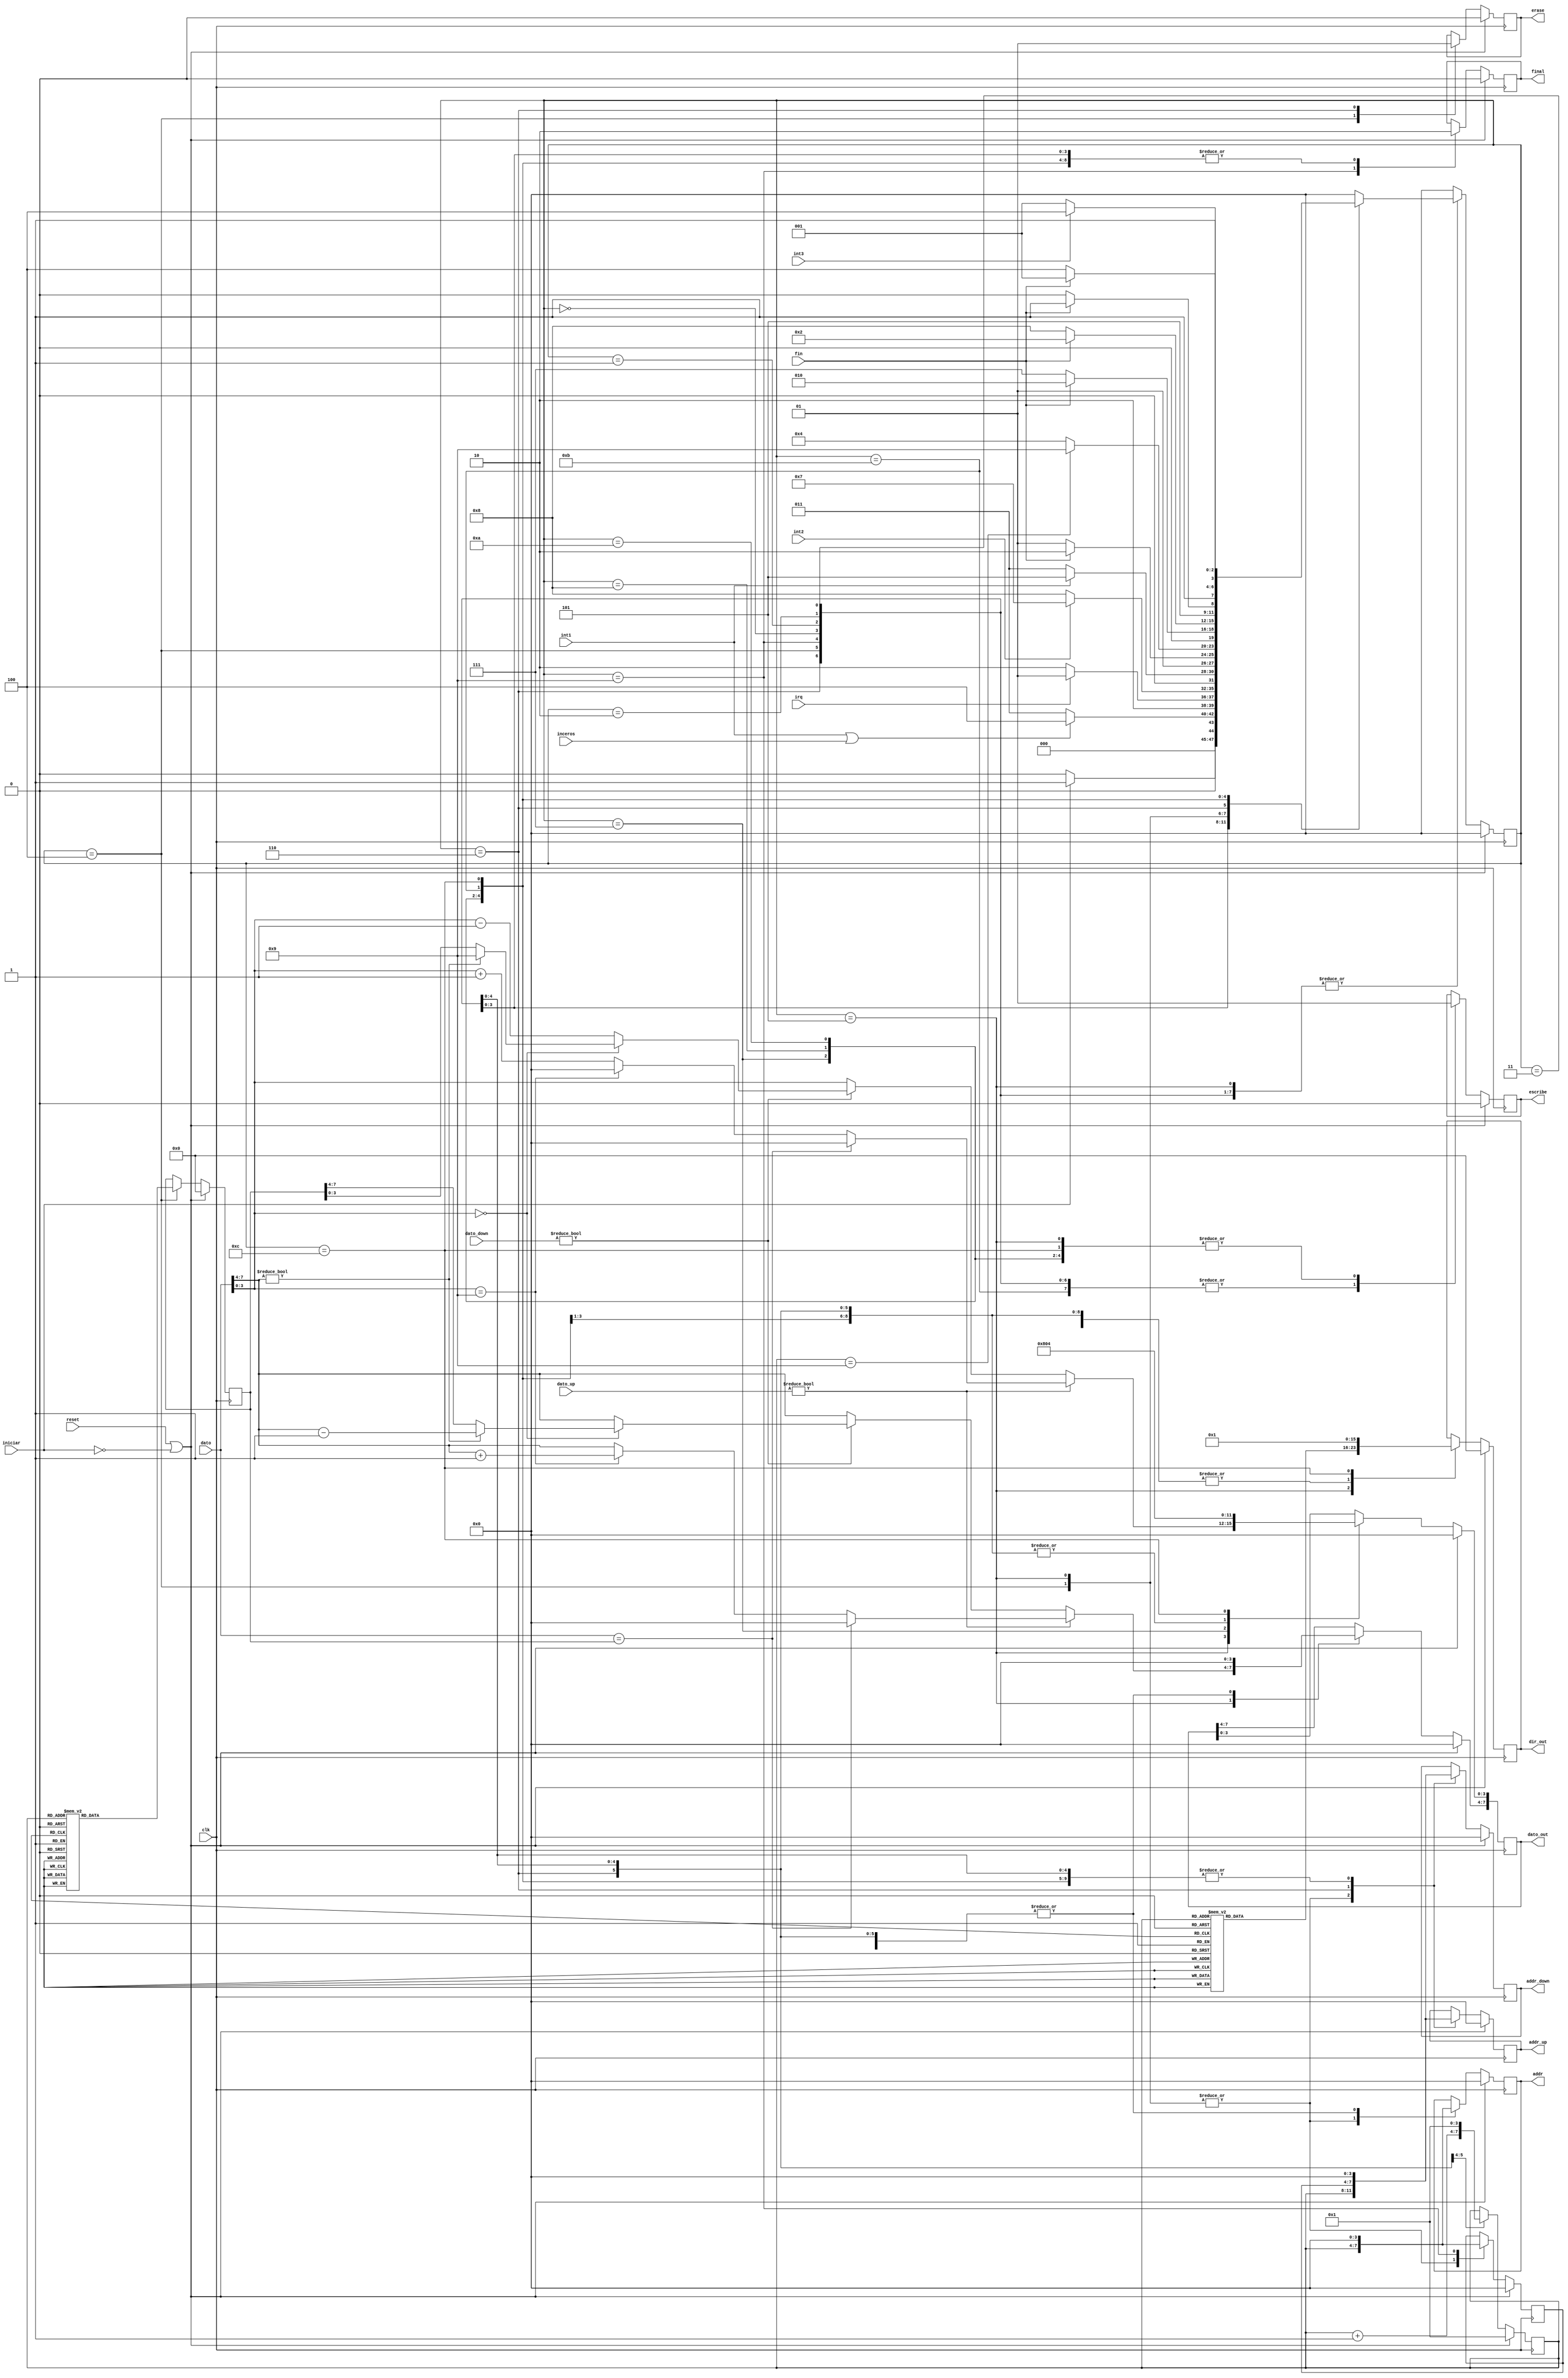
`timescale 1ns / 1ps
//////////////////////////////////////////////////////////////////////////////////
// Company: 
// Engineer: 
// 
// Design Name: 
// Module Name:    maquina_usuario 
// Project Name: 
// Target Devices: 
// Tool versions: 
// Description: 
//
// Dependencies: 
//
// Revision: 
// Revision 0.01 - File Created
// Additional Comments: 
//
//////////////////////////////////////////////////////////////////////////////////
module maquina_usuario(erase,iniciar,fin,reset,clk,dato,dato_up,dato_down,addr,addr_up,final,addr_down,dato_out,escribe,dir_out,int1,int2,int3,irq,inceros);
output erase;
input int1,int2,int3,irq,inceros;
input reset;
input clk;
input fin;
input iniciar;
input [7:0] dato;
input [7:0] dato_up;
input [7:0] dato_down;
output [3:0] addr;
output [3:0] addr_up;
output [3:0] addr_down;
output [7:0] dato_out;
output escribe;
output [7:0] dir_out;
output final;
// START LLEON
// Topes
parameter [7:0] topSeconds = 8'h59; 
parameter [7:0] topMinutes = 8'h59;
parameter [7:0] topHours = 8'h23;
parameter [7:0] topMonths = 8'h12;
parameter [7:0] topDays = 8'h31;
parameter [7:0] topYears = 8'h99;
reg [7:0] topCounter;
// END LLEON
reg erase;
reg final;
reg [3:0] addr;
reg [3:0] addr_up;
reg [3:0] addr_down;
reg [7:0] dato_out;
reg escribe;
reg [7:0] dir_out;
reg [3:0] contador;
reg [3:0] contadoraux;
reg [3:0] state;
reg [3:0] next_state;

parameter [4:0] inicio = 4'b0000;
parameter [4:0] clockres= 4'b0001;
parameter [4:0] irqres = 4'b0010;
parameter [4:0] timerres = 4'b0011;
parameter [4:0] suma = 4'b0100;
parameter [4:0] out = 4'b0101;
parameter [4:0] cont10 = 4'b0110;
parameter [4:0] timerrun = 4'b0111;
parameter [4:0] timeroff = 4'b1000;
parameter [4:0] finalizar = 4'b1001;
parameter [4:0] irqoff = 4'b1010;
parameter [4:0] apagairq = 4'b1011;
parameter [4:0] apagadoirq = 4'b1100;


always @(state or iniciar or contador or fin or int1 or int2 or inceros)
begin
 next_state = 0;
 case(state)
  inicio:begin
         if (iniciar == 1'b1)
			  next_state = clockres;
			 else
			  next_state = inicio;
  end
  clockres:
  begin
			if (int1 == 1'b1 || inceros == 1'b1)
			  next_state = suma;
			 else
			  next_state = timerres;
  end
  irqres:
  begin
			if (irq == 1'b1)
			  next_state = finalizar;
			 else
			  next_state = irqoff;
  end
  timerres:
  begin
			if (int2 == 1'b1)
			  next_state = timerrun;
			 else
			  next_state = timeroff;
  end
  suma:begin
			if(int1 == 1'b1)
			  next_state = out;
			else
			  next_state = timerres;
  end
  out:begin
         if (fin == 1'b1)
			  next_state = cont10;
			 else
			  next_state = out;
  end
  cont10:begin
         if (contador == 4'd9)
			  next_state = finalizar;
			 else
			  next_state = suma;
  end
  timerrun:  
  begin
			if (fin == 1'b1)
			  next_state = irqres;
			 else
			  next_state = timerrun;
  end

  timeroff:  
  begin
			if (fin == 1'b1)
			  next_state = irqres;
			 else
			  next_state = timeroff;
  end
  finalizar:begin
          next_state = inicio;
  end
  irqoff:  
  begin
			if (fin == 1'b1)
			  next_state = apagairq;
			 else
			  next_state = irqoff;
  end
  apagairq:  
  begin
			if (int3 == 1'b1)
			  next_state = apagadoirq;
			 else
			  next_state = finalizar;
  end
  apagadoirq:  
  begin
			if (fin == 1'b1)
			  next_state = finalizar;
			 else
			  next_state = apagadoirq;
  end
  default:begin
          next_state = inicio;
  end
 endcase
end

always @(posedge clk)
begin
 if (reset || ~iniciar)
 begin
  erase <=0;
  addr <= 0;
  addr_up <=0;
  addr_down <= 0;
  dato_out <= 0;
  escribe <= 0;
  dir_out <= 0;
  contador <= 4'b0001;
  contadoraux <=0;
  final<= 0;
  state<=inicio;
  topCounter <= 8'd0;
 end 
 else
 begin
  state<=next_state;
  case(state)
  inicio:begin
         addr <= 0;
         addr_up <=0;
         addr_down <= 0;
         dato_out <= 0;
         escribe <= 0;
         dir_out <= 0;
         final <= 0;			
  end
  clockres:begin
         addr <= 0;
         addr_up <=0;
         addr_down <= 0;
         dato_out <= 0;
         escribe <= 0;
         dir_out <= 0;
         final <= 0;			
  end
  irqres:begin
         addr <= 0;
         addr_up <=0;
         addr_down <= 0;
         dato_out <= 0;
         escribe <= 0;
         dir_out <= 0;
         final <= 0;			
  end
  timerres:begin
         addr <= 0;
         addr_up <=0;
         addr_down <= 0;
         dato_out <= 0;
         escribe <= 0;
         dir_out <= 0;
         final <= 0;			
  end
  suma:begin
			erase<=0;
			addr <= contador;
         addr_up <=contador;
         addr_down <= contador;
			contadoraux<=contador;
	
         escribe <= 0;
         // START LLEON
			case(contador)
			 4'd1:topCounter <= topSeconds;
			 4'd2:topCounter <= topMinutes;
			 4'd3:topCounter <= topHours;
			 4'd4:topCounter <= topDays;
			 4'd5:topCounter <= topMonths;
			 4'd6:topCounter <= topYears;
			 4'd7:topCounter <= topSeconds;
			 4'd8:topCounter <= topMinutes;
			 4'd9:topCounter <= topHours;
			 default:topCounter <= 8'h60;
			endcase
			// END LLEON
			

  end
  out:begin
         addr <= contador;
         addr_up <=contador;
         addr_down <= contador;
         contadoraux<=contador;
          // BEGIN LLEON
			// Cuando se debe incrementar
			if(dato_up != 8'd0)
				begin
					if(dato == topCounter)
						// Reset a cero cuando est en tope
						dato_out <= 8'h00;
					else if(dato[3:0] == 4'd9)
						begin
							// Cuando no est en tope, pero debe cambiar decena
							dato_out[3:0] <= 4'd0;
							dato_out[7:4] <= dato[7:4] + 4'd1;
						end
					else
						begin
							// Caso normal
							dato_out[3:0] <= dato[3:0] + 4'd1;
							dato_out[7:4] <= dato[7:4];
						end
				end
				// Cuando se debe decrementar
			else if(dato_down != 8'd0)
				begin
					if(dato[3:0] == 4'd0)
						begin
							// Caso decremento decena
							if(dato[7:4] != 0)
								begin
									dato_out[7:4] <= dato[7:4] - 4'd1;
									dato_out[3:0] <= 4'd9;
								end
							else
							// Caso tope 00
								dato_out <= topCounter;
						end
					else
						begin
							// Caso normal
							dato_out[3:0] <= dato[3:0] - 4'd1;
							dato_out[7:4] <= dato[7:4];
						end
				end
			else 
				begin 
					dato_out[3:0] <= dato[3:0];
					dato_out[7:4] <= dato[7:4];
				end
			// END LLEON
			escribe <= 1;
         case(contador)
			 4'd1:dir_out <= 8'd33;
			 4'd2:dir_out <= 8'd34;
			 4'd3:dir_out <= 8'd35;
			 4'd4:dir_out <= 8'd36;
			 4'd5:dir_out <= 8'd37;
			 4'd6:dir_out <= 8'd38;
			 4'd7:dir_out <= 8'h41;
			 4'd8:dir_out <= 8'h42;
			 4'd9:dir_out <= 8'h43;
			 default:dir_out <= 0;
			endcase  
  end
  cont10:begin
			contador <= contador + 1;
			erase<=1;
         addr <= 0;
         addr_up <=contadoraux;
         addr_down <= contadoraux;
         dato_out <= 0;
         escribe <= 0;
         dir_out <= 0;
  end
  timerrun:begin
         dir_out <= 8'h0;
         dato_out <= 8'b00001000;
         addr <= 0;
         addr_up <=0;
         addr_down <= 0;
         escribe <= 1;
         final <= 0;			
  end
  timeroff:begin
			dir_out <= 8'h0;
         dato_out <= 8'b0;
         addr <= 0;
         addr_up <=0;
         addr_down <= 0;
         escribe <= 1;
         final <= 0;			
  end
  finalizar:begin
            addr <= 0;
         addr_up <=0;
         addr_down <= 0;
         dato_out <= 0;
         escribe <= 0;
         dir_out <= 0;
			contador<=1;
			contadoraux<=0;
			final <= 1;
  end
  irqoff:  
  begin
			dir_out <= 8'h0;
         dato_out <= 8'b0;
         addr <= 0;
         addr_up <=0;
         addr_down <= 0;
         escribe <= 1;
         final <= 0;		
  end
  apagairq:begin
         addr <= 0;
         addr_up <=0;
         addr_down <= 0;
         dato_out <= 0;
         escribe <= 0;
         dir_out <= 0;
         final <= 0;			
  end
  apagadoirq:  
  begin
			dir_out <= 8'h1;
         dato_out <= 8'b00000100;
         addr <= 0;
         addr_up <=0;
         addr_down <= 0;
         escribe <= 1;
         final <= 0;		
  end
  default:begin
          state <= inicio;
  end
  endcase
 end
end



endmodule